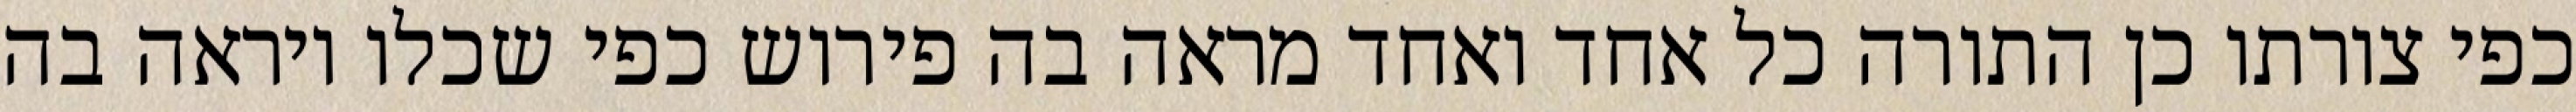
כפי צורתו כן התורה כל אחד ואחד מראה בה פירוש כפי שכלו ויראה בה